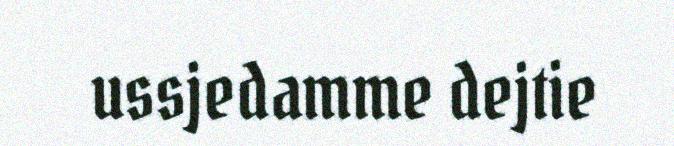
ussjedamme dejtie